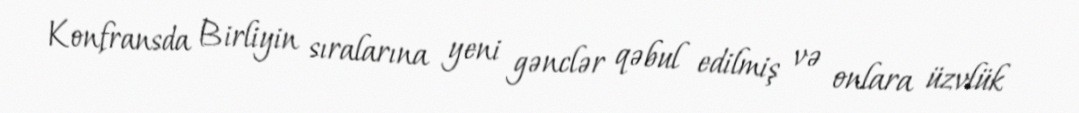
Konfransda Birliyin sıralarına yeni gənclər qəbul edilmiş və onlara üzvlük